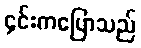
၄င်းကပြောသည်